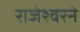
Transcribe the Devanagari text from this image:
राजेश्वरने